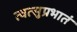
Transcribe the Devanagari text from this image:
त्वत्सुप्रभातं